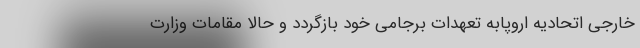
خارجی اتحادیه اروپابه تعهدات برجامی خود بازگردد و حالا مقامات وزارت